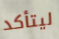
ليتأكد